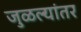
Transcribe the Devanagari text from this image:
जुळल्यांतर